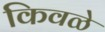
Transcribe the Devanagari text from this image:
किवळे